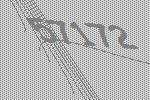
57172